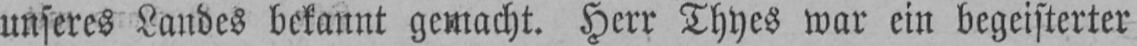
unseres Landes bekannt gemacht. Herr Thyes war ein begeisterter